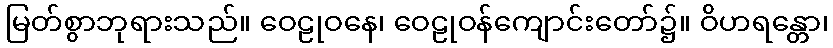
မြတ်စွာဘုရားသည်။ ဝေဠုဝနေ၊ ဝေဠုဝန်ကျောင်းတော်၌။ ဝိဟရန္တော၊